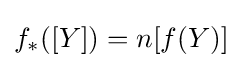
f_{*}([Y])=n[f(Y)]\,\!